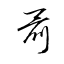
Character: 聶